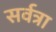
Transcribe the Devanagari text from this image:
सर्वत्रा